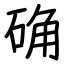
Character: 确